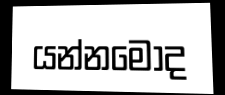
යන්නමෝද